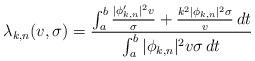
LaTeX: \begin{align*}\lambda_{k,n}(v,\sigma) = \frac{ \int_a^b \frac{|\phi_{k,n}'|^2 v}{\sigma} + \frac{k^2 |\phi_{k,n}|^2 \sigma}{v} \,dt}{ \int_a^b |\phi_{k,n}|^2 v \sigma \,dt}\end{align*}